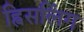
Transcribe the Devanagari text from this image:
ह्विसलिंग